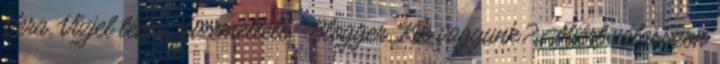
Vera. Vízjel téma. Üzemeltető: Blogger. Kik vagyunk? Miért válasszon